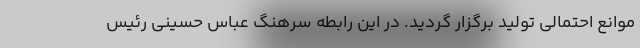
موانع احتمالی تولید برگزار گردید. در این رابطه سرهنگ عباس حسینی رئیس